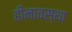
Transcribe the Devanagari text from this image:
हीनावस्था